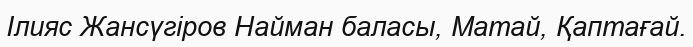
Ілияс Жансүгіров Найман баласы, Матай, Қаптағай.